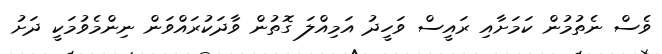
ވެސް ނެތުމުން ކަމަށާއި ރައީސް ވަހީދު އަމިއްލަ ގޮތުން ވާދަކުރައްވަން ނިންމެވުމަކީ ދަށު